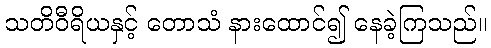
သတိဝီရိယနှင့် တောသံ နားထောင်၍ နေခဲ့ကြသည်။